Vital statistics of India. Vol. IV, Annual returns from 1871 to 1876. British Army of India, Native Army and jails of Bengal
Year: 1871
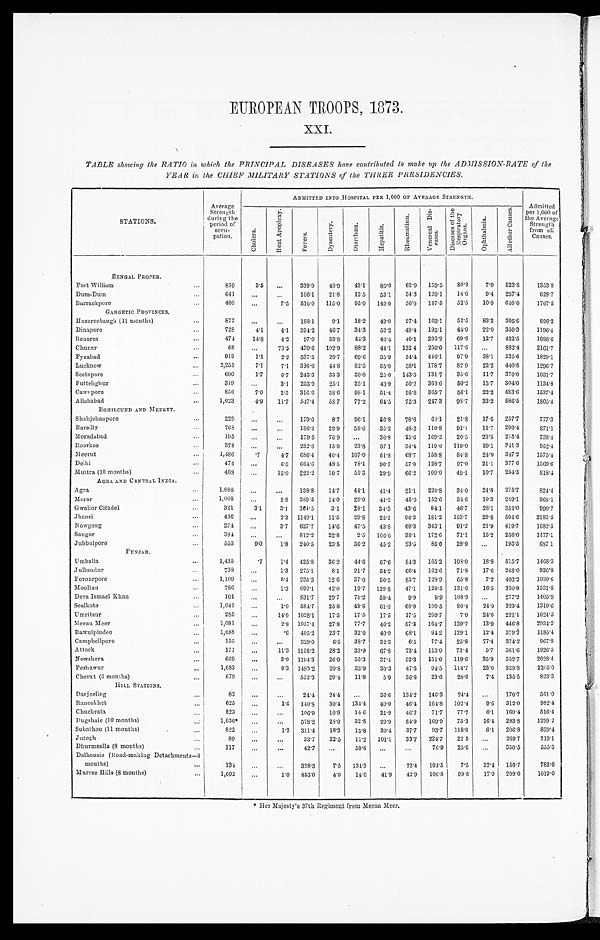
EUROPEAN TROOPS, 1873.
X X I .
TABLE showing the RATIO in which the PRINCIPAL DISEASES have contributed to make up the ADMISSION-RATE of the
YEAR in the CHIEF MILITARY STATIONS of the THREE PRESIDENCIES.
STATIONS.
Average
Strength
during the
period of
occu-
pation.
ADMITTED INTO HOSPITAL PER 1,000 OF AVERAGE STRENGTH.
A d m i t t e d p e r 1 , 0 0 0 o f t h e A v e r a g e
Strength
from all
Causes.
C h o l e r a .
H e a t A p o p l e x y .
F e v e r s .
D y s e n t e r y .
Di a r r hœa .
H e p a t i t i s .
R h e u m a t i s m .
V e n e r e a l D i s - e a s e s .
D i s e a s e s o f t h e R e s p i r a t o r y O r g a n s .
O p h t h a l m i a .
A l l o t h e r C a u s e s .
BENGAL PROPER.
Fort William . . .
859
3.5
. . .
339.9
48.9
43.1
85.0
62.9
159.5
80.3
7.0
523.8
1353.9
Dum-Dum . . .
6 4 1
. . .
. . .
106.1
21.8
12.5
53.1
34.3
120.1
14.0
9.4
257.4
628.7
Barrackpore . . .
400
. . .
7.5 510.0
115.0
95.0
140.0
50.0
147.5
52.5
10.0 640.0
1767.5
GANGETIC PROVINCES.
Hazareebaugh (11 months) . . .
877
. . .
. . .
188.1
9.1
18.2
49.0
27.4
163.4
52.5
83.2
305.6
896.2
Dinapore . .
728
4.1
4.1
394.2
46.7
34.3
52.2
49.4
195.1
44.0
22.0
350.3
1196.4
Benares . . .
474
14.8
4.2
97.0
33.8
44.3
46.4
40.1
293.2
69.6
12.7
432.5
1088.6
Chunar . . .
6 8
. . .
73.5
470.6
102.9
88.2
44.1
132 4
250.0
117.6
. . .
882.4
2161.7
Fyzabad . . .
919
1.l
2.2
537.5
20.7
69.6
35.9
54.4
446.1
97.9
38.1
525.6
1829.1
Lucknow . . .
2,25 5
7.1
7.1
336.0
44.8
82.5
55.9
38.1
178.7
82. 9
22.2
440.8
1296.7
Seetapore . . .
6 0 0
1.7
6.7
243.3
33.3
30.0
25.0
143.3
131.7
35.0
11.7 370.0
1031. 7
Futtehghur . . .
319
. . .
3.1
253.9
25.1
25.1
43.9
50.2
363.6
50.2
15.7
304.0
1134.8
Cawnpore . . .
856
7.0
2.3
316.6
38.6
98.1
51.4
95.8
365.7
56.1
22.2
483.6
1537.4
Allahabad . . .
1,023
4.9
11.7 547.4
58.7
77.2
64.5
75.3
247.3
98.7
33.2
586.5
1805. 4
ROHILCUND AND MEERUT.
Shahjehanpore . . .
229
. . .
. . . 179.0
8.7
96.1
56.8
78.6
61.1
21.8
17.5
257.7
777.3
Bareilly . . .
768
. . .
. . .
186.2
29.9
58.6
35.2
48.2
119.8
91.1
11.7
290.4
871.1
Moradabad . . .
195
. . .
. . .
179.5
76.9
. . .
30.8
25.6
169.2
20.5
20.5
215.4
7 3 8 . 4
Roorkee . . .
378
. . .
. . .
232.8
15.9
23.8
37.1
34.4
119.0
119.0
29.1
341.3
952.4
Meerut . . .
1,486
.7
4.7 686.4
40.4
107.0
51.8
68.7
158.8
84.8
24.9
347.2
1575.4
Delhi . . .
474
. . .
6.3
664.6
48.5
78.1
90.7
57.0
128.7
97.0
21.1
377.6
1569.6
Muttra (10 months) . . .
468 . . .
15.0
222.2
10.7
51.3
29.9
66.2
109.0
49.1
10.7 254.3
8 1 8 . 4
A GRA AND CENTRAL I N D I A .
Agra . . .
1,088
. . .
. . .
138.8
14.7
44.1
41.4
21.1
229.8
34.0
24.8
275.7
824.4
Morar . . .
1,068
. . .
2.8
389.5
14.0
29.0
41.2
45.0
152.6
34.6
10.3 249.1
968.1
Gwalior Citadel . . .
321
3.1
3.1
364.5
3.1
28.1
34.3
43.6
84.1
46.7
28.1
352.0
990.7
J hansi . . .
436
. . .
2.3 1149.1
11.5
29.8
25.2
96.3
181.2
153.7
29.8 504.6
2183.5
Nowgong . . .
274
. . .
3.7 627.7
14.6
47.5
43.8
69.3
343.1
91.2
21.9
419.7
1682.5
Saugor . . .
394
. . .
. . . 812.2
22.8
2.5
106.6
38.1
172.6
71.1
15.2
236.0
1477.1
Jubbulpore . . .
553
9.0
1.8
240.5
23.5
36.2
45.2
23.5
85.0
28.9
. . .
193.5
687.1
P U N J A B .
Umballa . . .
1,435
.7
1.4
425.8
36.2
44.6
67.6
84.3
165.2
108.0
18.8
515.7
1468.3
Jullundur . . .
738
. . .
1.3
275.1
8.1
21.7
54.2
66.4
162.6
71.8
17.6
248.0
926. 8
Ferozepore . . .
1,109
. . .
5.4
235.3
12.6
37.0
50.5
85.7
128.9
65.8
7.2
402.2
1030. 6
Mooltan . . .
786
. . .
1.3
692.1
42.0
12.7
129.8
47.1
128.5
131.0
16.5
330.8
1531. 8
Dera Ismael Khan . . .
101
. . .
. . .
831.7
29.7
79.2
59.4
9.9
9.9
108.9
. . .
277.2
1405.9
Sealkote . . .
1,045
. . .
1.0
584.7
25.8
48.8
61.2
68.9
100.5
80.4
24.9
323.4
1319. 6
Umritsur . . .
285
. . .
14.0 1028.1
17.5
17.5
17.5
17.5
259.7
7.0
24.6
221.1
1624. 5
Meean Meer . . .
1,081
. . .
2.8 1957.4
27.8
77.7
46.2
57.3
164.7
139.7
13.9
446.8
2934.3
Rawulpindee . . .
1,688
. . .
.6
405.2
23.7
32.0
40.9
68.1
94.2
129.1
12.4
379.2
1185.4
Campbellpore . . .
155
. . .
. . .
329.0
6.5
38.7
32.3
6.5
77.4
25.8
77.4
374.2
967. 8
A ttock . . .
177
. . .
11.3 1158.2
28.2
33.9
67.8
73.4
113.0
73.4
5.7 361.6
1926.5
Nowshera . . .
669
. . .
3.0 1194.3
26.9
55.3
37.4
52.3
151.0
119.6
35.9
352.7
2028.4
Peshawur . . .
1,683
. . .
8.3 1490.2
20.8
33.9
30.3
47.5
94.5
114.7
25.0
339.8
2205.0
Cherat (6 months) . . .
679
. . .
. . .
552.3
29.4
11.8
5.9
36.8
23.6
20.6
7.4 135.5
823.3
HI LL STATI ONS.
Darjeeling . . .
82
. . .
. . .
24.4
24.4
. . .
36.6
134.2
146.3
24.4
. . .
170.7
561.0
Raneekhet . . .
625
. . .
1.6 140.8
30.4
134.4
40.0
46.4
164.8 102.4
9.6
312.0
982.4
Chuckrata . . .
823
. . .
. . .
106.9
10.9
14.6
21.9
46.2
71.7
77.7
6.1
160.4
516.4
Dugshaie (10 months) . . .
1,036*
. . .
. . .
578.2
28.0
32.8
29.9
84.9
169.9
75.3
16.4 283.8
1299.2
Subathoo (11 months) . . .
822
. . .
1.2
311.4
18.3
15.8
30.4
37.7
93.7
118.0
6.1
206.8
839. 4
Jutogh . . .
89
. . .
. . .
33.7
22.5
11.2
101.1
33.7
224.7
22.5
. . .
269.7
719.1
Dhurmsalla (8 months) . . .
117
. . .
. . .
42.7
. . .
59.8
. . .
. . .
76.9
25.6
. . .
350.5
5 5 5 . 5
Dalhousie (Road-making Detachments—8
months) . . .
134
. . .
. . .
328.3
7.5
134.3
. . .
22.4
104.5
7.5
22.4
156.7
783.6
Murree H ills (8 months) . . .
1,002
. . .
1 . 0 483.0
4.0
14.0
41.9
42.9
106.8
99.8
17.0
208.6
1019.0
* Her Majesty's 37th Regiment from Meean Meer.